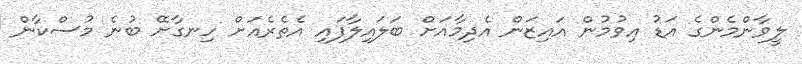
ލީވާންމެންގެ އަޑު އިވުމުން އައިޒަން އެދިމާއަށް ބަލައިލާފައި އެތެރެއަށް ހިނގާށޭ ބުނެ މުސްކާން